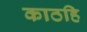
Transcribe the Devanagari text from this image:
काठहि